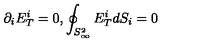
\partial _ { i } E _ { T } ^ { i } = 0 , \oint _ { S _ { \infty } ^ { 2 } } E _ { T } ^ { i } d S _ { i } = 0